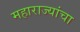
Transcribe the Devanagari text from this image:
महाराज्यांचा